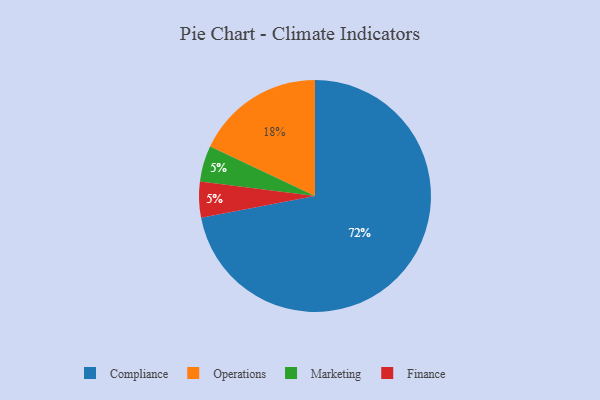
{"axis": {"x": "Category", "y": "Percentage"}, "legend": ["Compliance", "Finance", "Marketing", "Operations"], "data": [{"x": "Operations", "y": 18, "type": "Operations"}, {"x": "Marketing", "y": 5, "type": "Marketing"}, {"x": "Compliance", "y": 72, "type": "Compliance"}, {"x": "Finance", "y": 5, "type": "Finance"}]}